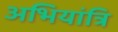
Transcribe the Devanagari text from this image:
अभियांत्रि